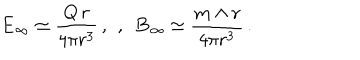
{ \bf E } _ { \infty } \simeq \frac { Q \, { \bf r } } { 4 \pi r ^ { 3 } } \, , \ \, , \ \ { \bf B } _ { \infty } \simeq \frac { { \bf m } \wedge { \bf r } } { 4 \pi r ^ { 3 } } \, .